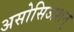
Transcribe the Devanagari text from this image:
असोसिअशन्